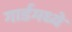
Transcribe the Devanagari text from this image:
गार्डमध्ये